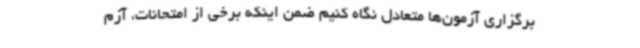
برگزاری آزمون‌ها متعادل نگاه کنیم ضمن اینکه برخی از امتحانات، آزم